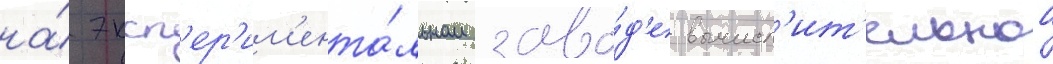
на́ эксп'ер'им'ента́льном заво́д'е вычисл'ит'ельнои